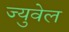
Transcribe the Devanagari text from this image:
ज्युवेल